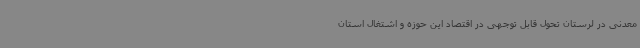
معدنی در لرستان تحول قابل توجهی در اقتصاد این حوزه و اشتغال استان